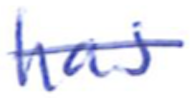
Text: has
Cross-out: single-line
Writing tool: ballpoint